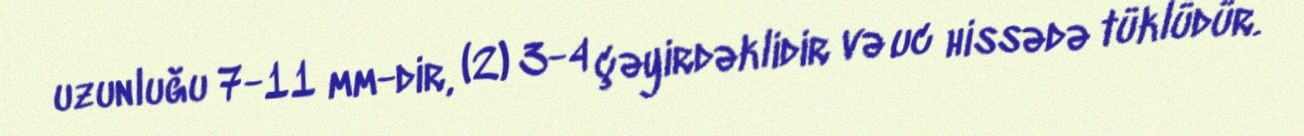
uzunluğu 7-11 mm-dir, (2) 3-4 çəyirdəklidir və uc hissədə tüklüdür.